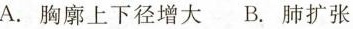
A.胸廓上下径增大 B.肺扩张